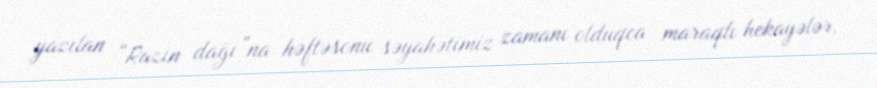
yazılan “Razin dağı”na həftəsonu səyahətimiz zamanı olduqca maraqlı hekayələr,